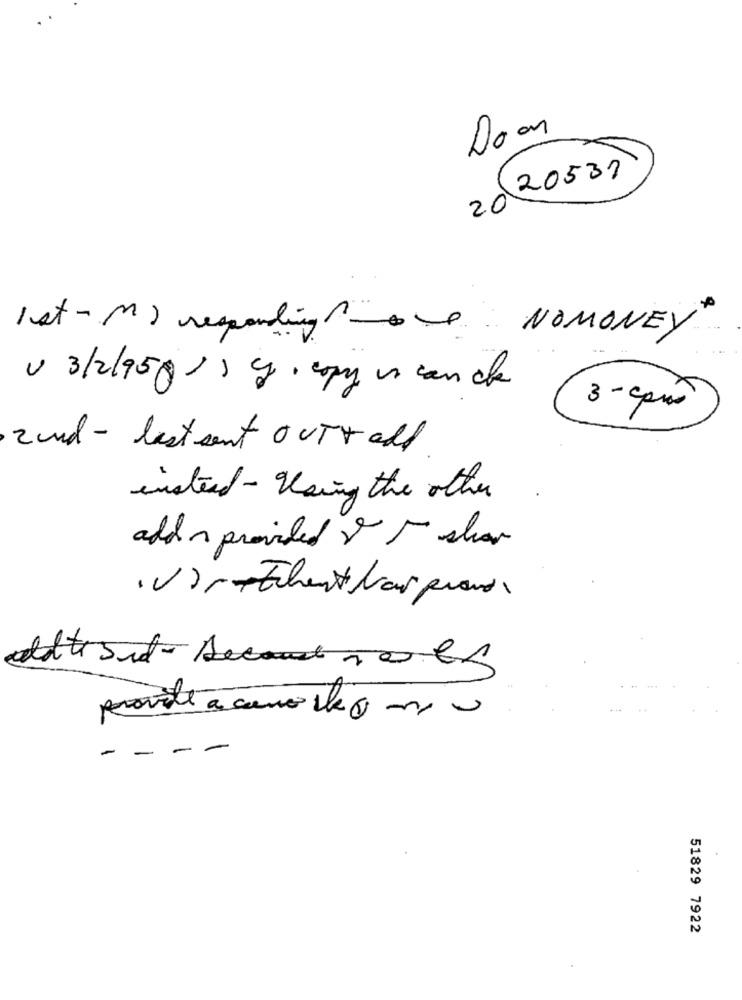
Doon
20531
20
Ist- M) responding NOMONEY
v 3/2/95/ c. copy scanche
3 - cpus
2und - lastsent OUTTelf
instead - Having the other
add on provided & t show
· Vir+Fchenti frau grand
- -
- -
51829 7922